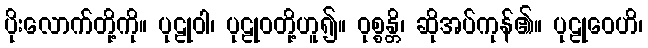
ပိုးလောက်တို့ကို။ ပုဠုဝါ၊ ပုဠုဝတို့ဟူ၍။ ဝုစ္စန္တိ၊ ဆိုအပ်ကုန်၏။ ပုဠုဝေဟိ၊